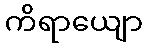
ကိရာယျော